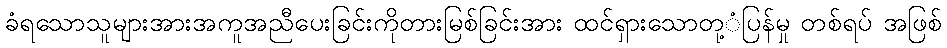
ခံရသောသူများအားအကူအညီပေးခြင်းကိုတားမြစ်ခြင်းအား ထင်ရှားသောတု့ံပြန်မှု တစ်ရပ် အဖြစ်